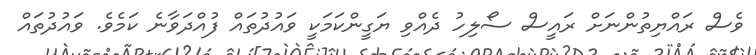
ވެސް ރައްޔިތުންނަށް ރައީސް ސޯލިހު ދެއްވި ޔަގީންކަމަކީ ވައުދުތައް ފުއްދަވާނެ ކަމެވެ. ވައުދުތައް